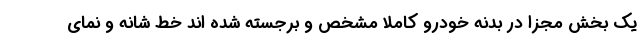
یک بخش مجزا در بدنه خودرو کاملا مشخص و برجسته شده اند خط شانه و نمای